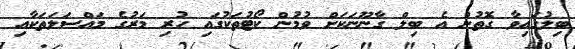
ބިލުގައިވާ ގޮތުން އެ ބިލް ގާނޫނަކަށް ވުމުން ކޯޓުތަކުގައި ހުރި މަރުގެ މައްސަލަތަކާއި